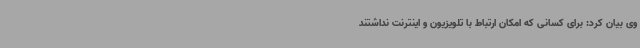
وی بیان کرد: برای کسانی که امکان ارتباط با تلویزیون و اینترنت نداشتند